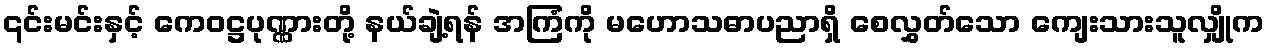
၎င်းမင်းနှင့် ကေဝဋ္ဌပုဏ္ဏားတို့ နယ်ချဲ့ရန် အကြံကို မဟောသဓာပညာရှိ စေလွှတ်သော ကျေးသားသူလျှိုက